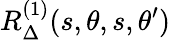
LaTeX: R_{\Delta}^{(1)}(s,\theta,s,\theta^{\prime})